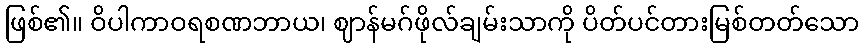
ဖြစ်၏။ ဝိပါကာဝရစဏဘာယ၊ ဈာန်မဂ်ဖိုလ်ချမ်းသာကို ပိတ်ပင်တားမြစ်တတ်သော